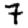
Digit: 7